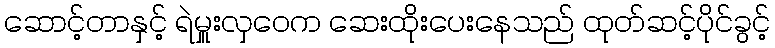
ဆောင့်တာနှင့် ရဲမှူးလှဝေက ဆေးထိုးပေးနေသည် ထုတ်ဆင့်ပိုင်ခွင့်